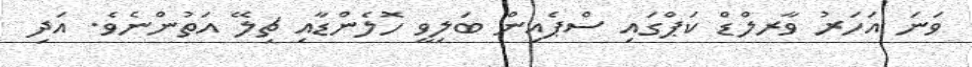
ވަނަ އަހަރު ވާރލްޑް ކަޕްގައި ސްޕެއިން ބަލިވީ ހޮލެންޑާއި ޗިލޭ އަތުންނެވެ. އަދި